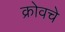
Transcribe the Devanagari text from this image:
क्रोवचे